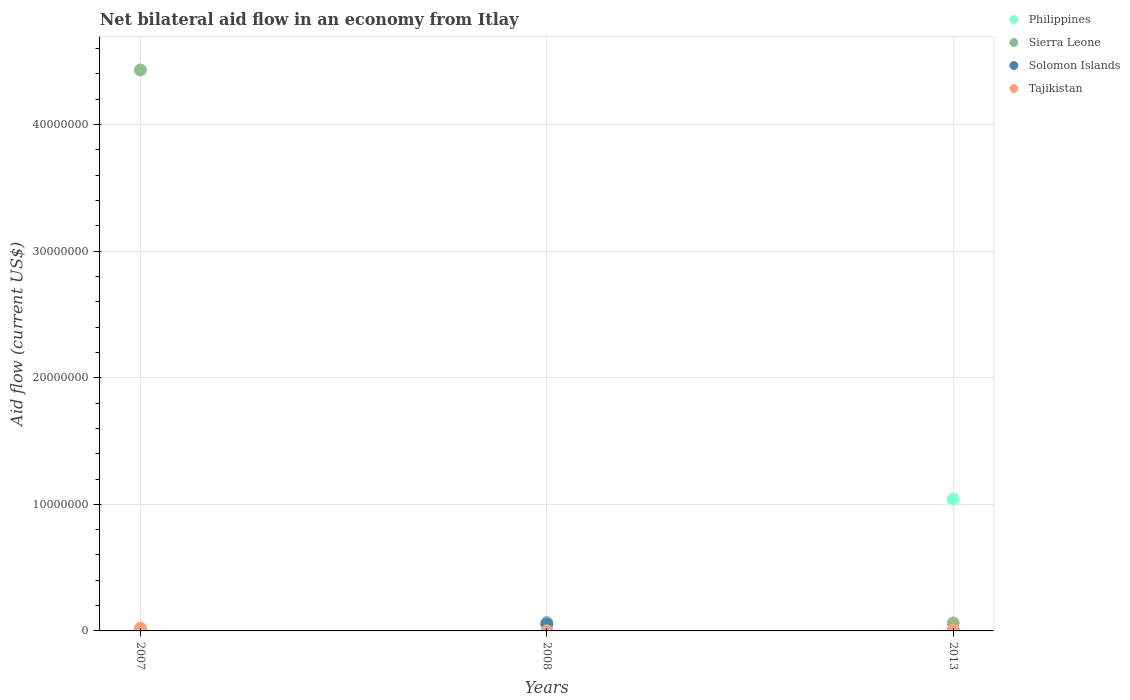
| Years | Philippines | Sierra Leone | Solomon Islands | Tajikistan |
 | --- | --- | --- | --- | --- |
 | 2007 | -8.42e+06 | 4.43e+07 | 5e+04 | 2.2e+05 |
 | 2008 | -5.13e+06 | 6.6e+05 | 5.4e+05 | 1e+04 |
 | 2013 | 1.04e+07 | 6.3e+05 | 2e+04 | 7e+04 |